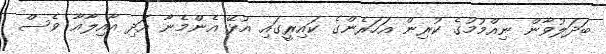
ބަދަލުވާން ނިއްމުމުގެ ކުރިން އަހަރެންގެ ކައިރީގައި އުޅޭ އެންމެނާ އަދި އާއިލާއާ ވެސް